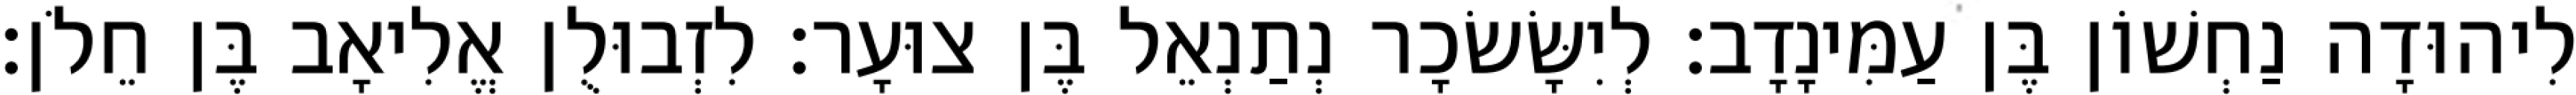
לִיהוּדָה נַחְשׁוֹן בֶּן עַמִּינָדָב׃ לְיִשָּׂשׂכָר נְתַנְאֵל בֶּן צוּעָר׃ לִזְבוּלֻן אֱלִיאָב בֶּן חֵלֹן׃